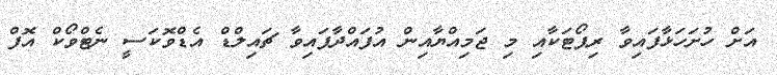
އަށް ހުށަހަޅާފައިވާ ރިޕޯޓަކާއި މި ޖަމިއްޔާއިން އުފައްދާފައިވާ ޗައިލްޑް އެޑްވޮކަސީ ނެޓްވޯކް އޮފް